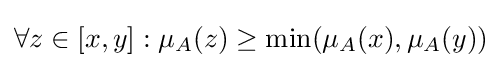
\forall z\in [x,y]:\mu _{A}(z)\geq \min(\mu _{A}(x),\mu _{A}(y))